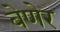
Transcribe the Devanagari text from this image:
बेणेर